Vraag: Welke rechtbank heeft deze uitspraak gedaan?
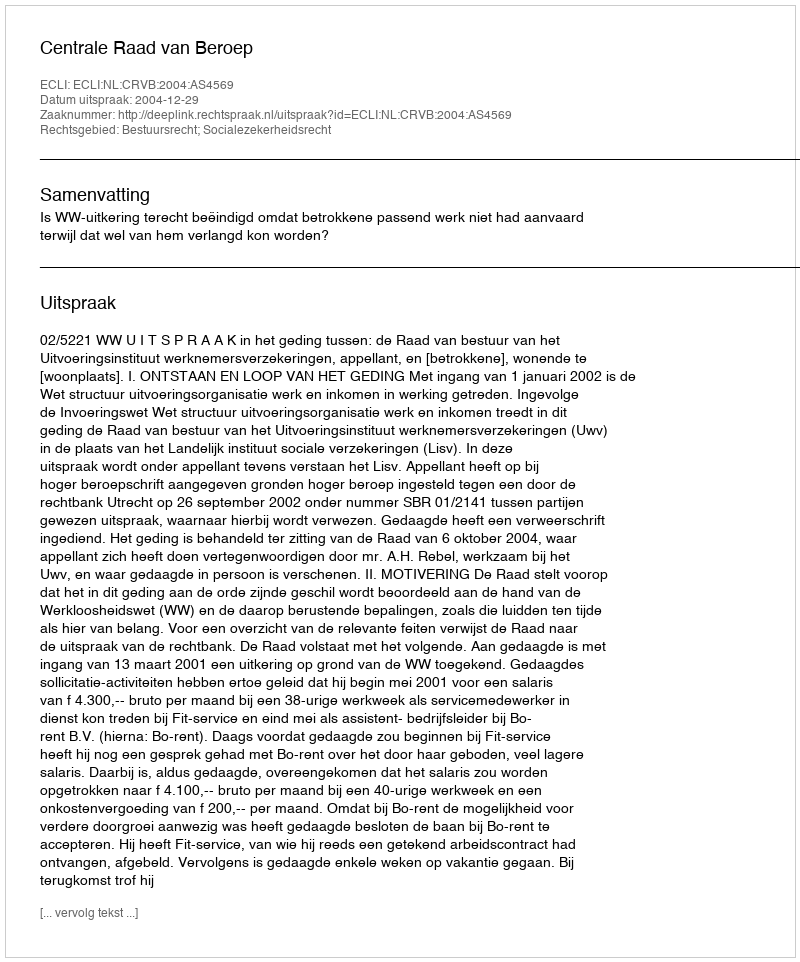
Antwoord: Centrale Raad van Beroep